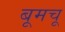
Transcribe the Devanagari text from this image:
बूमचू